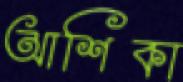
আশিকা